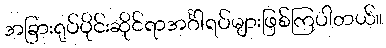
အခြားရုပ်ပိုင်းဆိုင်ရာအင်္ဂါရပ်များဖြစ်ကြပါတယ်။